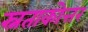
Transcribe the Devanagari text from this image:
स्नताकोत्तर